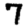
Digit: 7